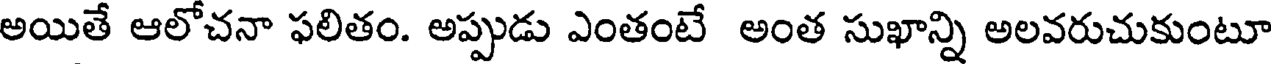
అయితే ఆలోచనా ఫలితం. అప్పుడు ఎంతంటే అంత సుఖాన్ని అలవరుచుకుంటూ